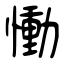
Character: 慟